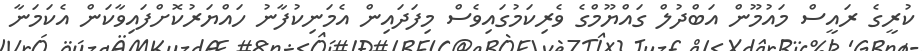
ކުރީގެ ރައީސް މައުމޫން އަބްދުލް ގައްޔޫމްގެ ވެރިކަމުގައިވެސް މިފަދައިން އެމަނިކުފާނު ހައްޔަރުކޮށްފައިވާކަން އެކަމަނާ